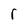
Character: r